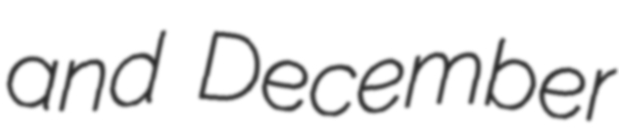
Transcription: and December